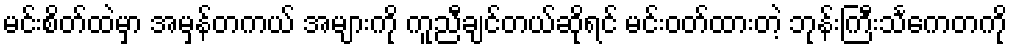
မင်းစိတ်ထဲမှာ အမှန်တကယ် အများကို ကူညီချင်တယ်ဆိုရင် မင်းဝတ်ထားတဲ့ ဘုန်းကြီးသင်္ကေတကို